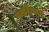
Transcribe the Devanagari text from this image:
पुनर्विन्यान